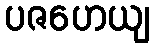
ပဇဟေယျ